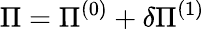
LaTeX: \Pi=\Pi^{(0)}+\delta\Pi^{(1)}